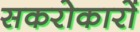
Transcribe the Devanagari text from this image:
सकरोकारों